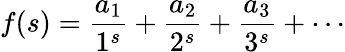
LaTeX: f(s)={\frac{a_{1}}{1^{s}}}+{\frac{a_{2}}{2^{s}}}+{\frac{a_{3}}{3^{s}}}+\cdots